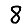
Digit: 8